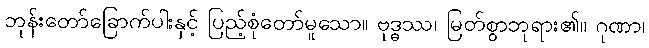
ဘုန်းတော်ခြောက်ပါးနှင့် ပြည့်စုံတော်မူသော။ ဗုဒ္ဓဿ၊ မြတ်စွာဘုရား၏။ ဂုဏာ၊